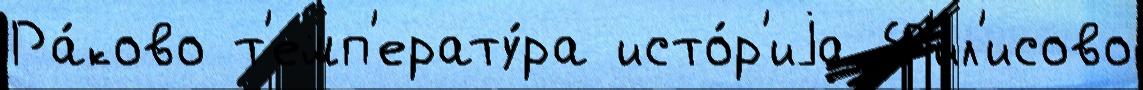
Ра́ково т'емп'ерату́ра исто́р'иjа Ф'ил'исово